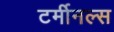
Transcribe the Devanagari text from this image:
टर्मीनल्स